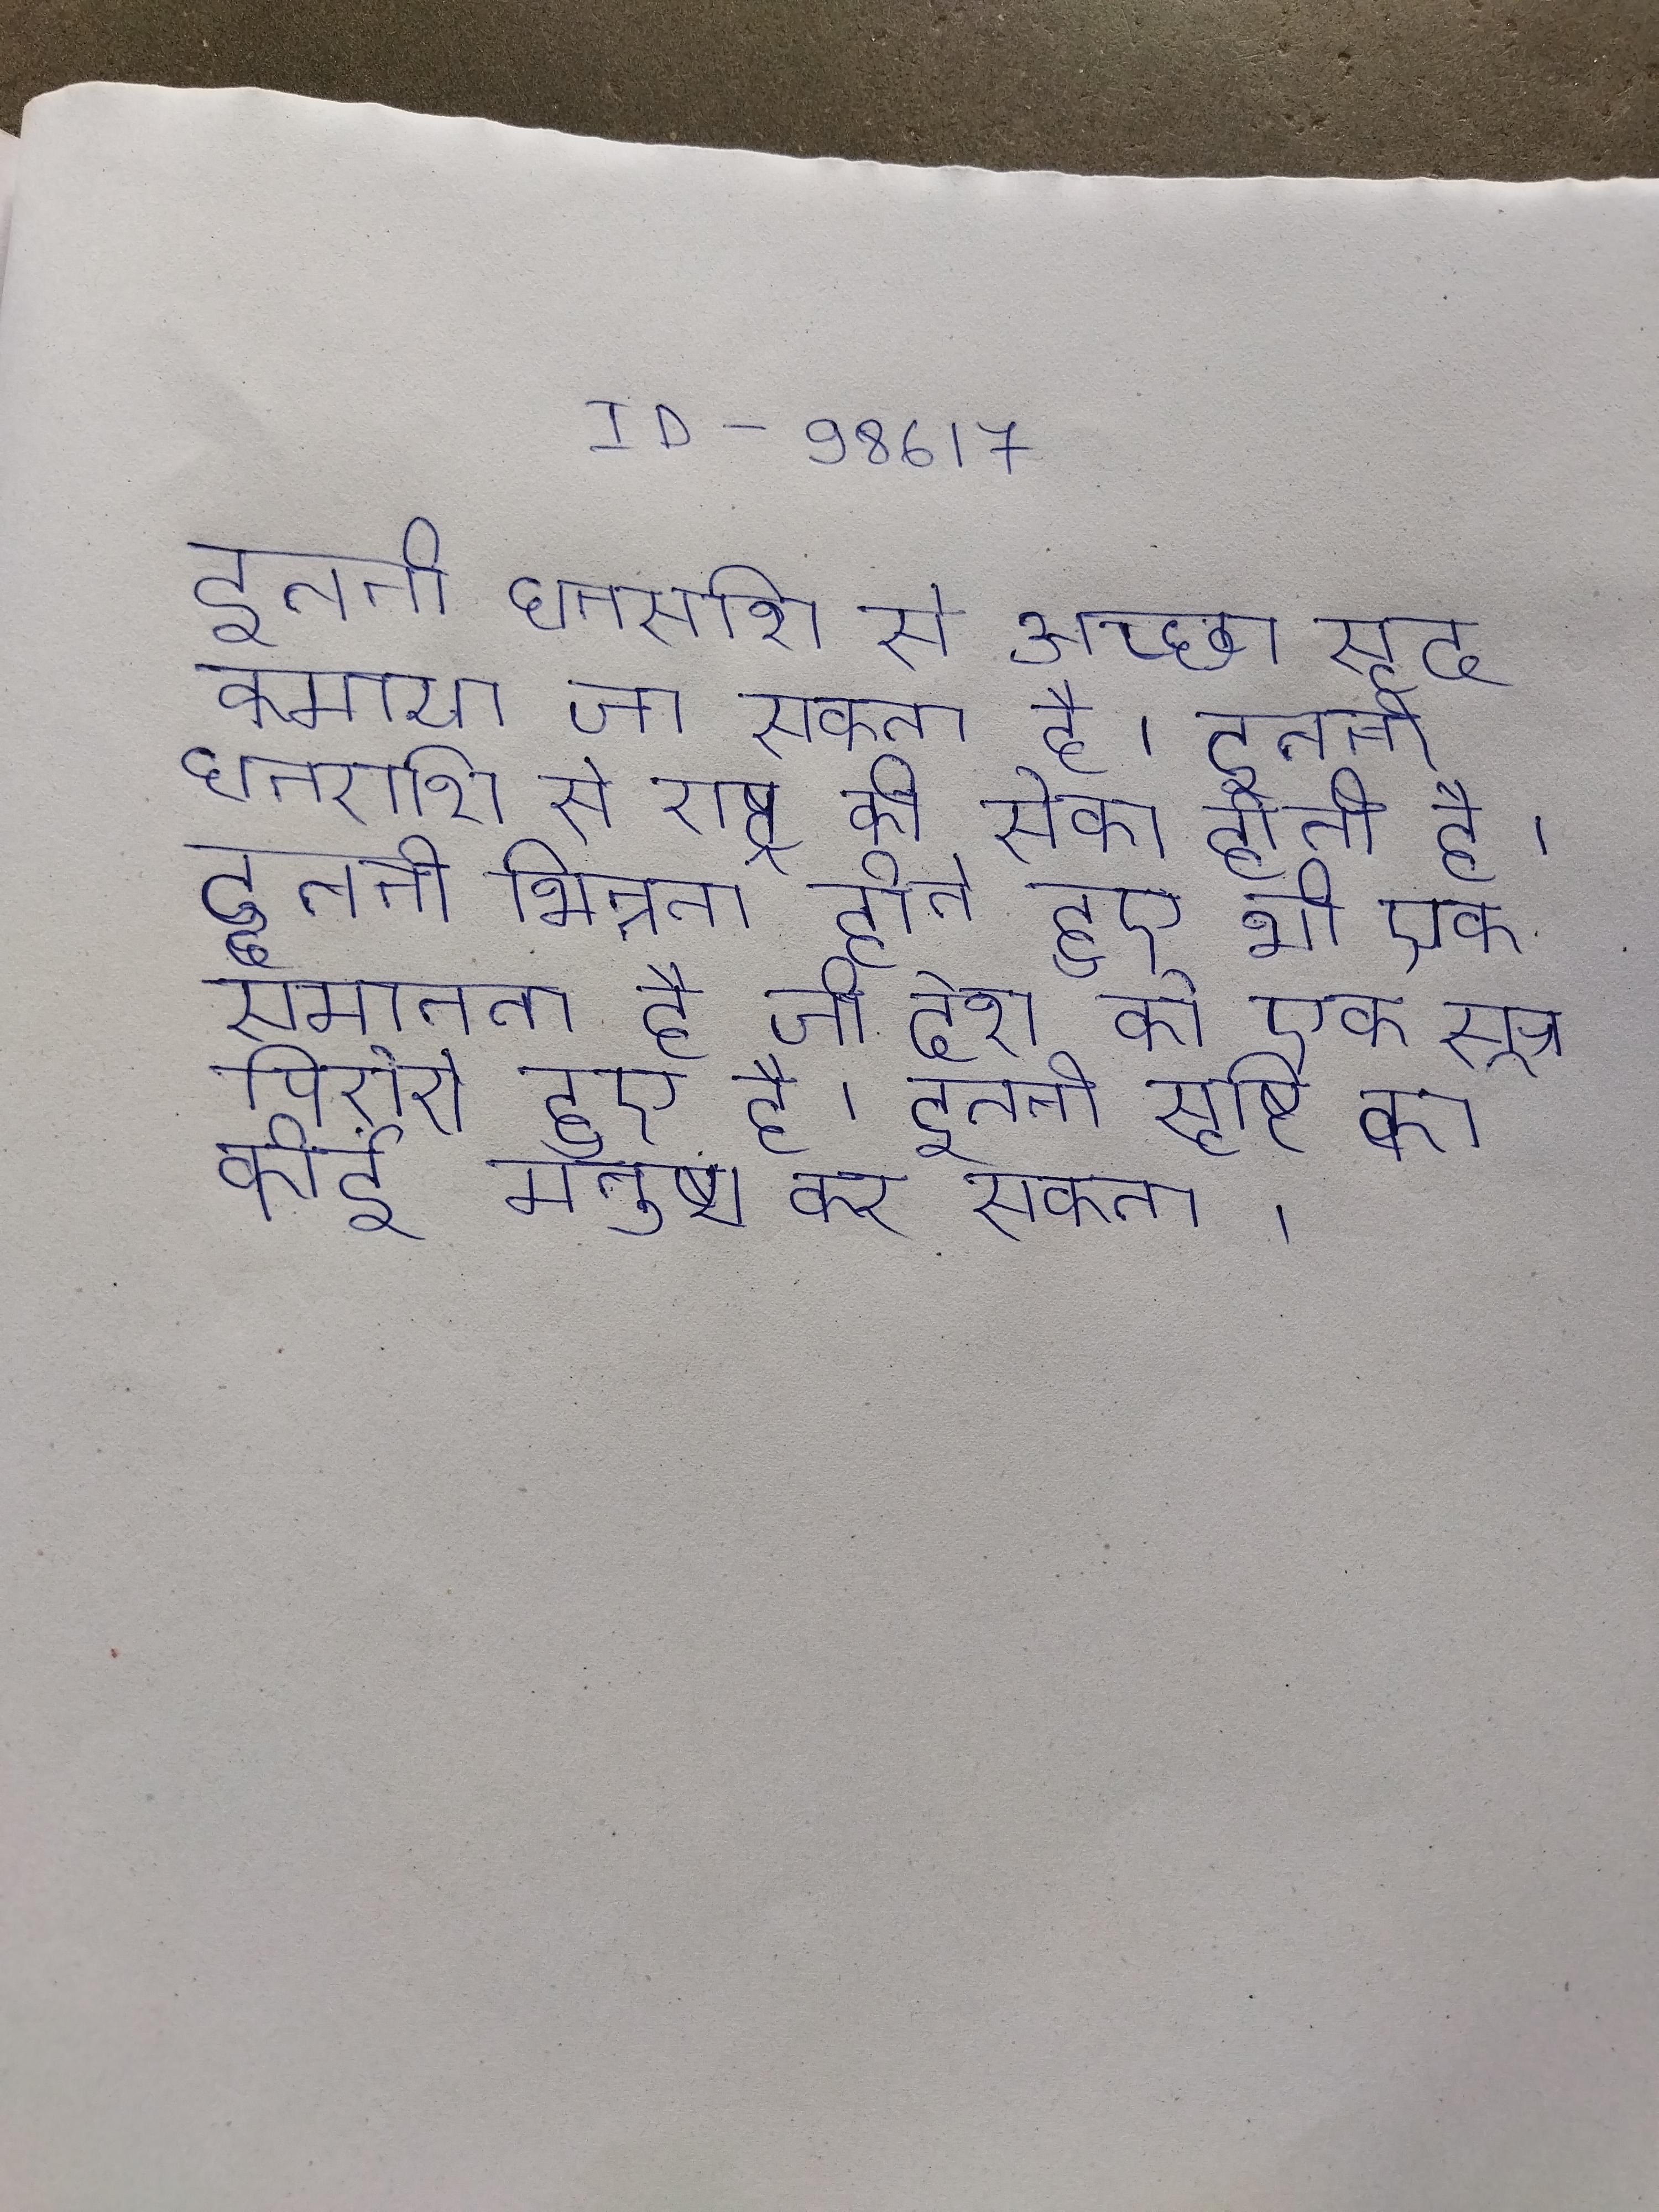
इतनी धनराशि से अच्छा सूद कमाया जा सकता है । इतनी धनराशि से राष्ट्र की सेवा होती है । इतनी भिन्नता होते हुए भी एक समानता है जो देश को एक सूत्र पिरोये हुए है । इतनी सृष्टि का कोई मनुष्य कर सकता ।